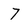
Character: 7